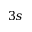
3 s